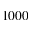
1 0 0 0